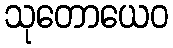
သုတောယေဝ